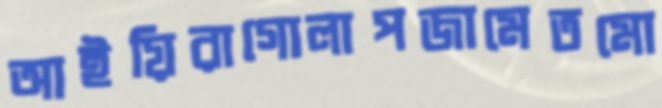
আইয়িরাগোলাপজামেতমো